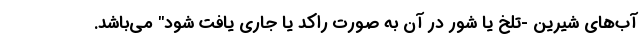
آب‌های شیرین -تلخ یا شور در آن به صورت راکد یا جاری یافت شود" می‌باشد.